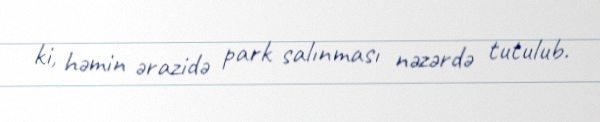
ki, həmin ərazidə park salınması nəzərdə tutulub.